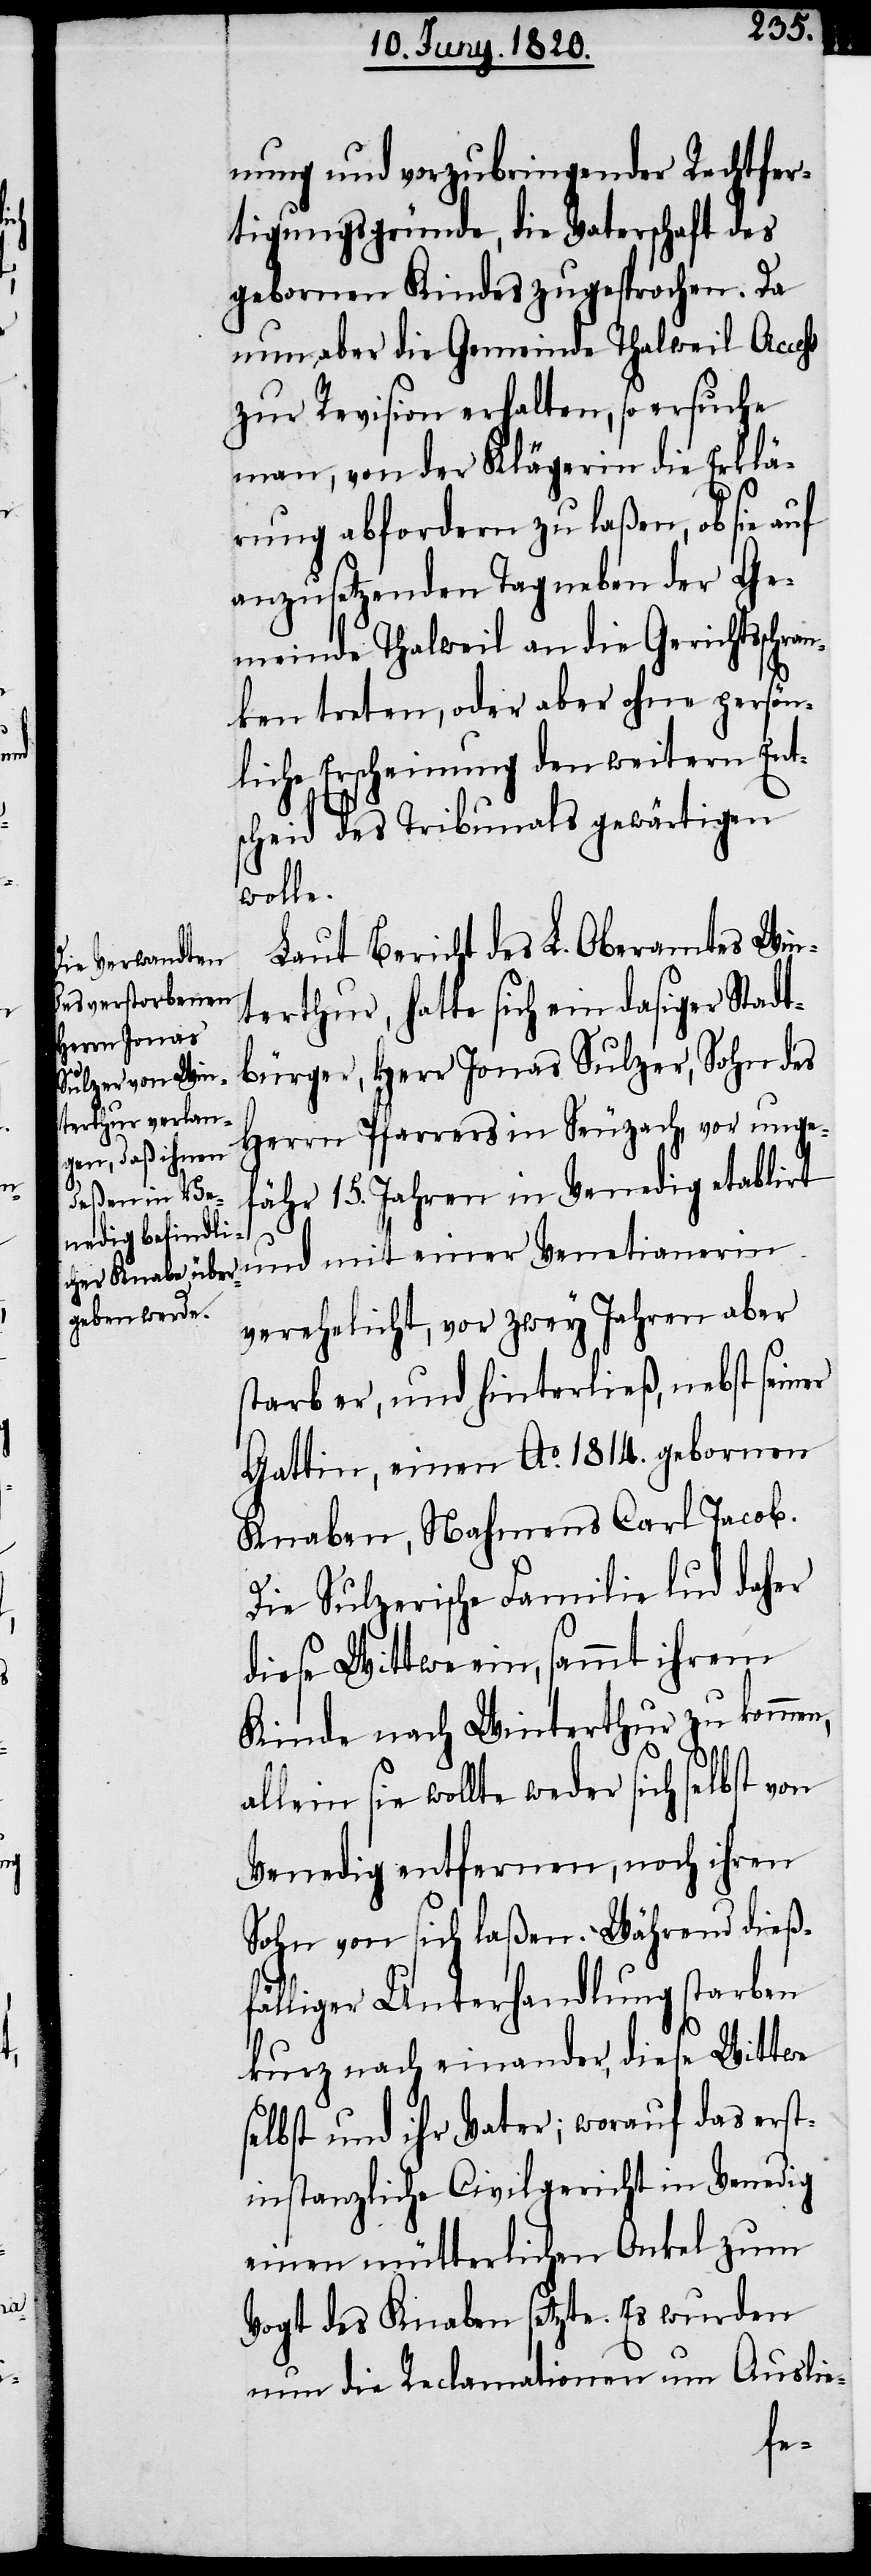
nung und vorzubringender Rechtfer¬
tigungsgründe, die Vaterschaft des
gebornen Kindes zugesprochen. Da
nun aber die Gemeinde Thalweil Accehs
zur Revision erhalten, so ersuche
man, von der Klägerin die Erklä¬
rung abfordern zu laßen, ob sie auf
anzusetzenden Tag neben der Ge¬
meinde Thalweil an die Gerichtsschra¬
nken treten, oder aber ohne persön¬
liche Erscheinung den weitern Ent¬
scheid des Tribunals gewärtigen
wolle.
Laut Bericht des L. Oberamtes Win¬
terthur, hatte sich ein dasiger Stadt¬
bürger, Herr Jonas Sulzer, Sohn des
Herrn Pfarrers in Seuzach, vor unge¬
fähr 15. Jahren in Venedig etablirt
und mit einer Venetianerin
verehelicht, vor zwey Jahren aber
starb er, und hinterließ, nebst seiner
Gattin, einen Ao. 1814. gebornen
Knaben, Nahmens Carl Jacob.
Die sulzerische Familie lud daher
diese Wittwe ein, sammt ihrem
Kinde nach Winterthur zu kommen,
lein sie wollte weder sich selbst von
Venedig entfernen, noch ihren
Sohn von sich laßen. Während dieß¬
fälliger Unterhandlung starben
kurz nach einander, diese Wittwe
selbst und ihr Vater; worauf das erst¬
instanzliche Civilgericht in Venedig
einen mütterlichen Onkel zum
Vogt des Knaben setzte. Es wurden
nun die Reclamationen um Auslie-

al¬